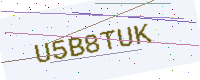
Text: U5B8TUK